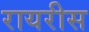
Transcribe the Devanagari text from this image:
रायरीस